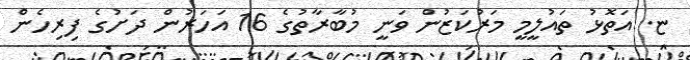
ޏ. އަތޮޅު ތައުލީމީ މަރުކަޒުން ވަނީ މުބާރާތުގެ 16 އަހަރުން ދަށުގެ ފިރިހެން